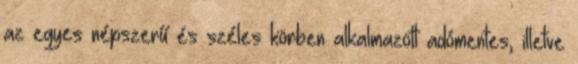
az egyes népszerű és széles körben alkalmazott adómentes, illetve